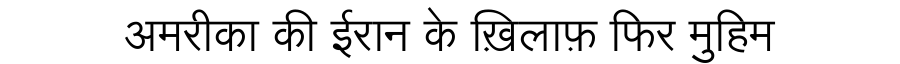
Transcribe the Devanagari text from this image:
अमरीका की ईरान के ख़िलाफ़ फिर मुहिम